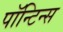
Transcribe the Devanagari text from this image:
पॉन्टिन्स